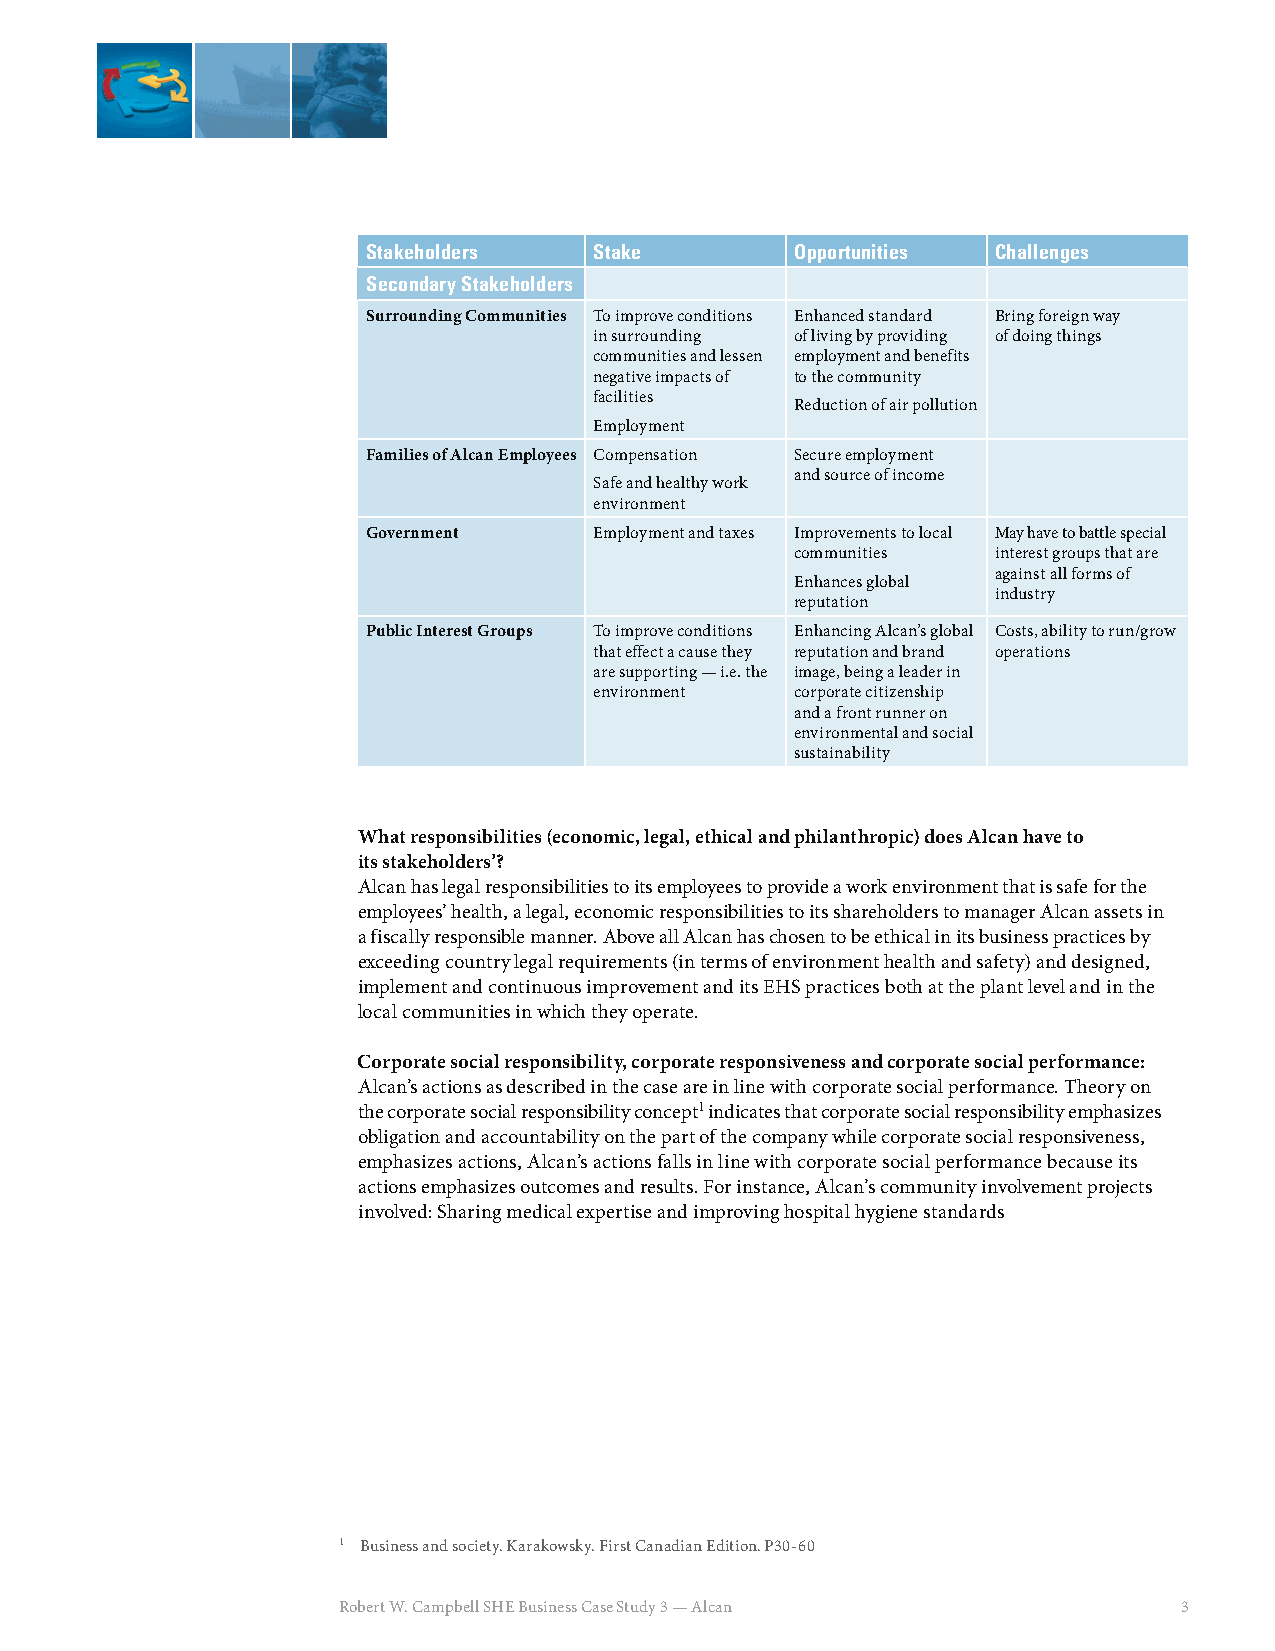
Stakeholders   Stake         Opportunities Challenges
 Secondary Stakeholders
 Surrounding Communities To improve conditions Enhanced standard Bring foreign way
 in surrounding of living by providing of doing things
 communities and lessen employment and benefits
 negative impacts of to the community
 facilities
 Reduction of air pollution
 Employment
 Families of Alcan Employees Compensation Secure employment
 and source of income
 Safe and healthy work
 environment
 Government     Employment and taxes Improvements to local May have to battle special
 communities  interest groups that are
 against all forms of
 Enhances global
 industry
 reputation
 Public Interest Groups To improve conditions Enhancing Alcan’s global Costs, ability to run/grow
 that effect a cause they reputation and brand operations
 are supporting — i.e. the image, being a leader in
 environment   corporate citizenship
 and a front runner on
 environmental and social
 sustainability
 What responsibilities (economic, legal, ethical and philanthropic) does Alcan have to
 its stakeholders’?
 Alcan has legal responsibilities to its employees to provide a work environment that is safe for the
 employees’ health, a legal, economic responsibilities to its shareholders to manager Alcan assets in
 a fiscally responsible manner. Above all Alcan has chosen to be ethical in its business practices by
 exceeding country legal requirements (in terms of environment health and safety) and designed,
 implement and continuous improvement and its EHS practices both at the plant level and in the
 local communities in which they operate.
 Corporate social responsibility, corporate responsiveness and corporate social performance:
 Alcan’s actions as described in the case are in line with corporate social performance. Theory on
 the corporate social responsibility concept1 indicates that corporate social responsibility emphasizes
 obligation and accountability on the part of the company while corporate social responsiveness,
 emphasizes actions, Alcan’s actions falls in line with corporate social performance because its
 actions emphasizes outcomes and results. For instance, Alcan’s community involvement projects
 involved: Sharing medical expertise and improving hospital hygiene standards
 1 Business and society. Karakowsky. First Canadian Edition. P30-60
 Robert W. Campbell SHE Business Case Study 3 — Alcan    3